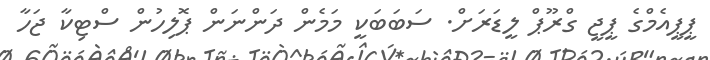
ޕީީޕީއެމްގެ ޕީޖީ ގްރޫޕް ލީޑަރަށް. ސަބަބަކީ މަމެން ދަންނަން ޕޮލިހުން ސްޓިކާ ޖަހާ